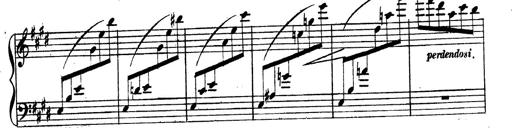
Title: 3 Caprices-Valses
Composer: Franz Liszt